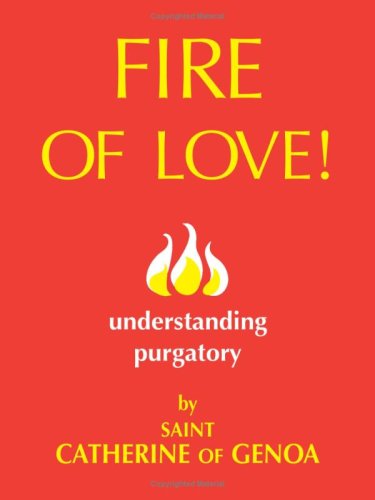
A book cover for Fire of Love!: Understanding Purgatory; Saint Catherine of Genoa; Christian Books & Bibles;